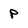
Character: p